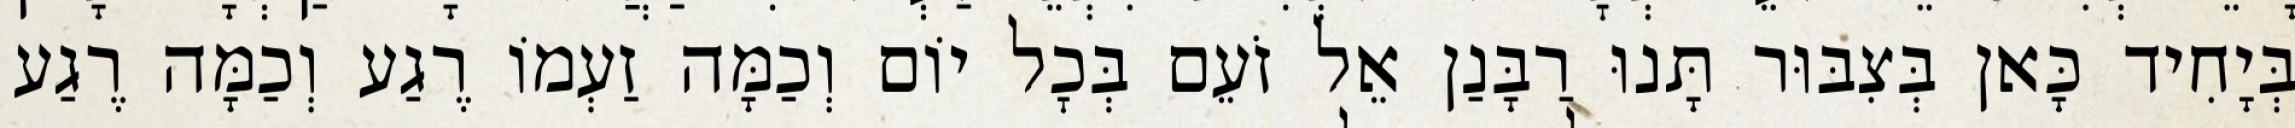
בְּיָחִיד כָּאן בְּצִבּוּר תָּנוּ רַבָּנַן אֵל זֹעֵם בְּכׇל יוֹם וְכַמָּה זַעְמוֹ רֶגַע וְכַמָּה רֶגַע